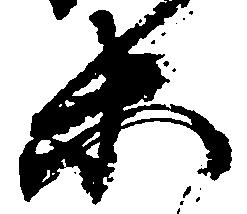
等